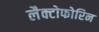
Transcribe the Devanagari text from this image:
लैक्टोफोरिन